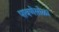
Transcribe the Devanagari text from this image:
पावणेसोळा